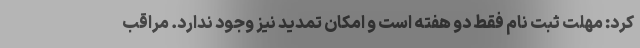
کرد: مهلت ثبت نام فقط دو هفته است و امکان تمدید نیز وجود ندارد. مراقب